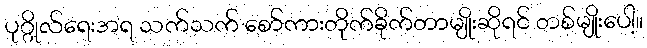
ပုဂ္ဂိုလ်ရေးအရ သက်သက် စော်ကားတိုက်ခိုက်တာမျိုးဆိုရင် တစ်မျိုးပေါ့။